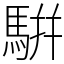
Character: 騈